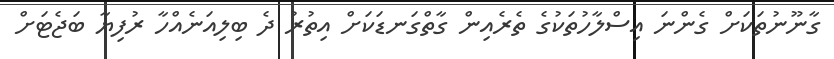
ގާނޫނުތަކަށް ގެންނަ އިސްލާހުތަކުގެ ތެރެއިން ގާތްގަނޑަަކަށް އިތުރު ދެ ބިލިއަނެއްހާ ރުފިޔާ ބަޖެޓަށް